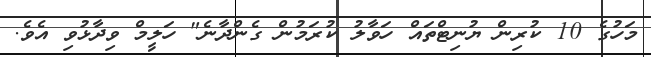
މަހުގެ 10 ކުރިން ޔުނިޓްތައް ހަވާލު ކުރަމުން ގެންދާނެ" ހަލީމް ވިދާޅުވި އެވެ.